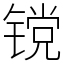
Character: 镋